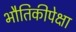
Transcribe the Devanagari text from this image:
भौतिकीपेक्षा